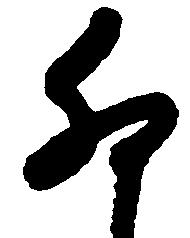
卯